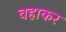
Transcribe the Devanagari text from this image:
वहाकर